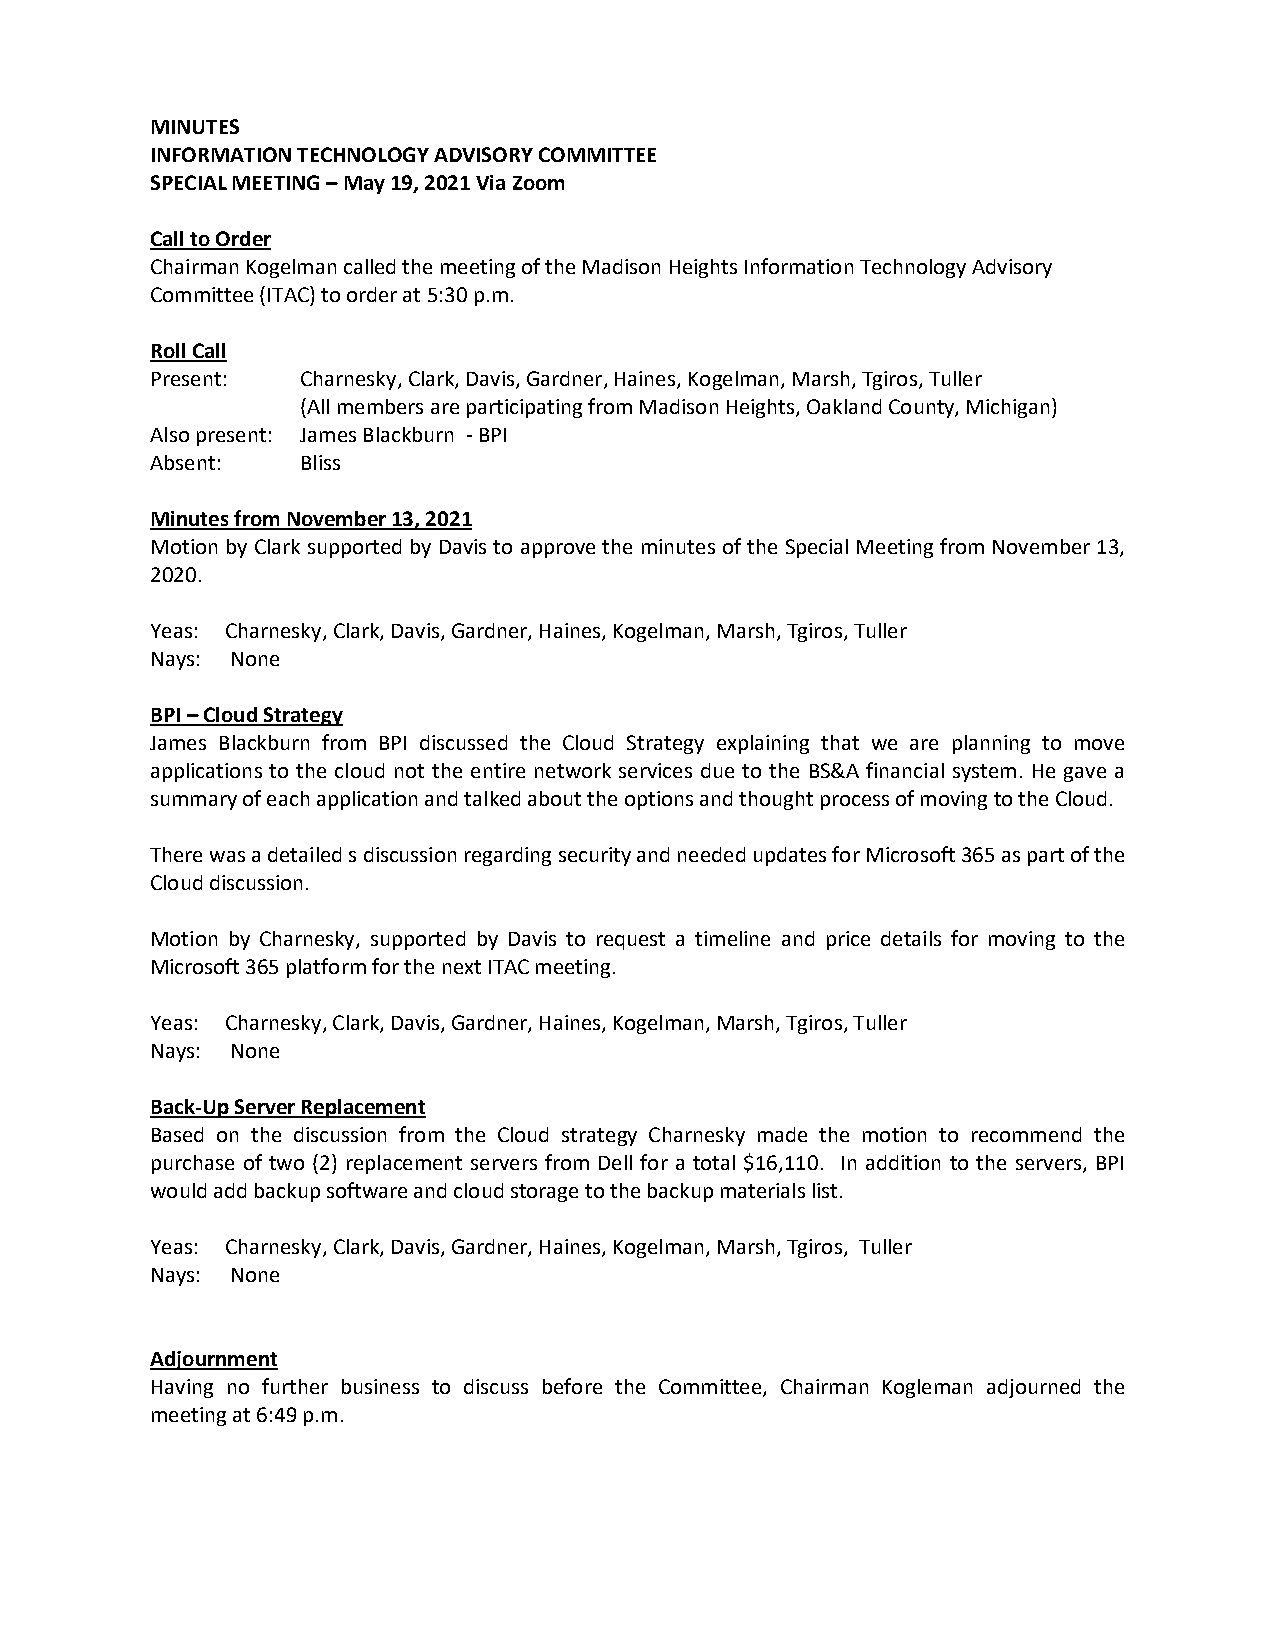
MINUTES
 INFORMATION TECHNOLOGY ADVISORY COMMITTEE
 SPECIAL MEETING – May 19, 2021 Via Zoom
 Call to Order
 Chairman Kogelman called the meeting of the Madison Heights Information Technology Advisory
 Committee (ITAC) to order at 5:30 p.m.
 Roll Call
 Present:  Charnesky, Clark, Davis, Gardner, Haines, Kogelman, Marsh, Tgiros, Tuller
 (All members are participating from Madison Heights, Oakland County, Michigan)
 Also present: James Blackburn - BPI
 Absent:   Bliss
 Minutes from November 13, 2021
 Motion by Clark supported by Davis to approve the minutes of the Special Meeting from November 13,
 2020.
 Yeas: Charnesky, Clark, Davis, Gardner, Haines, Kogelman, Marsh, Tgiros, Tuller
 Nays: None
 BPI – Cloud Strategy
 James Blackburn from BPI discussed the Cloud Strategy explaining that we are planning to move
 applications to the cloud not the entire network services due to the BS&A financial system. He gave a
 summary of each application and talked about the options and thought process of moving to the Cloud.
 There was a detailed s discussion regarding security and needed updates for Microsoft 365 as part of the
 Cloud discussion.
 Motion by Charnesky, supported by Davis to request a timeline and price details for moving to the
 Microsoft 365 platform for the next ITAC meeting.
 Yeas: Charnesky, Clark, Davis, Gardner, Haines, Kogelman, Marsh, Tgiros, Tuller
 Nays: None
 Back-Up Server Replacement
 Based on the discussion from the Cloud strategy Charnesky made the motion to recommend the
 purchase of two (2) replacement servers from Dell for a total $16,110. In addition to the servers, BPI
 would add backup software and cloud storage to the backup materials list.
 Yeas: Charnesky, Clark, Davis, Gardner, Haines, Kogelman, Marsh, Tgiros, Tuller
 Nays: None
 Adjournment
 Having no further business to discuss before the Committee, Chairman Kogleman adjourned the
 meeting at 6:49 p.m.